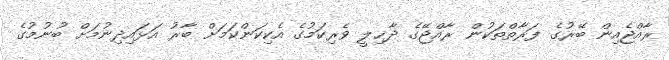
ރާއްޖެއިން ބޭރުގެ ފަރާތްތަކުން ރާއްޖޭގެ ދާޚިލީ ވެރިކަމުގެ އެކިކަންކަމަށް ބާރު އަޅައިދިނުމަށް ބުނުމުގެ